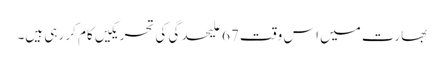
بھارت میں اس وقت 67 علیحدگی کی تحریکیں کام کر رہی ہیں۔